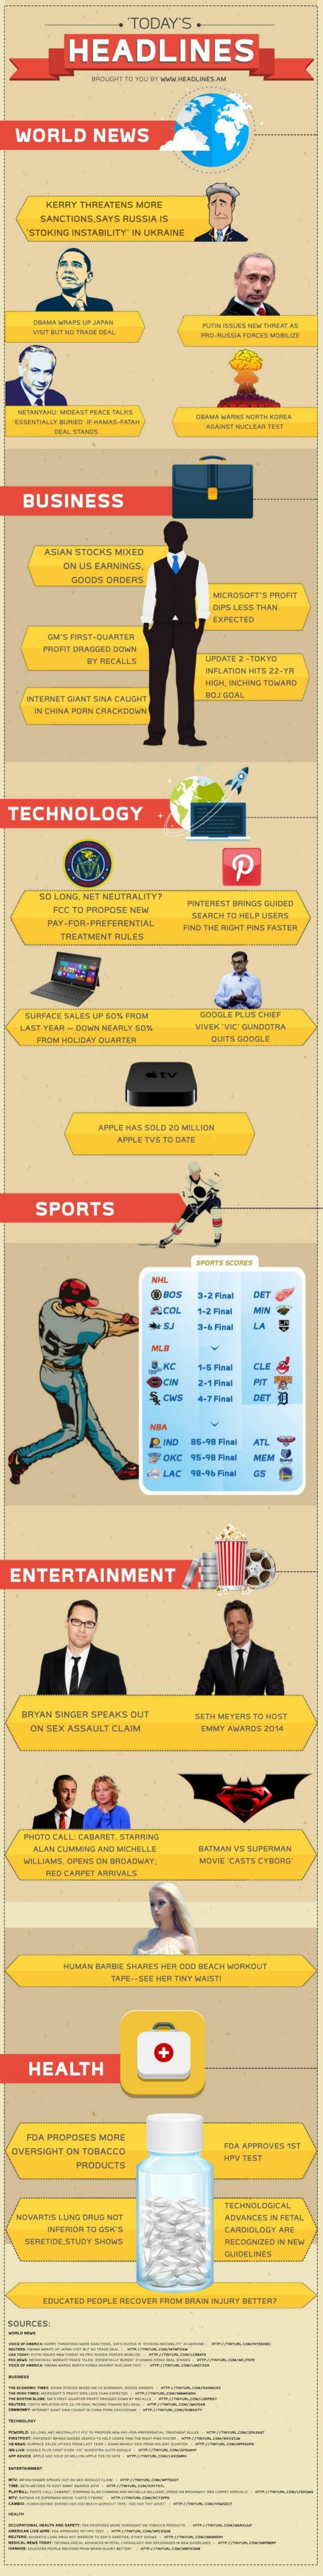
'TODAY'S    .
     HEADLINES
   WORLD    NEWS
     KERRY THREATENS MORE
     SANCTIONS,SAYS RUSSIA IS
     "STOKING INSTABILITY" IN UKRAINE
     DRAMA WRAPS UP JAPAN    PUTIN (SOUS NEW THREAT AS
     CELAL ITANDI
     AGMINIT MUCLERA TENT
    BUSINESS
     ASLAN STOCKS MIXED
     ON US EARNINGS.
     GOODS  ORDENS
     MICROSOFT'S PROFIT
     DIPS LESS THAN
     EXPECTED
     GM'S FIRST-QUARTER
     PRORT DRAGGED ODIN
     BY RECALLS    UPDATE 2 -TOKYO
     INFLATION HITS 22-FR
     HIGH INCHING TOWARD
     NTERNET GIANT SINA CAUGHT
     N CHINA PORN CRACKDOWN
  TECHNOLOGY
     P
     HO LOND. NET NEUTRALITY?
     FCC TO PROPOSE NEW
     PINTEREST BUINGS GUIDED
     PRY-FOR-PREFERENTIAL
     SEARCH TO HELP UISCAS
     TREATMENT RULES
     FIND THE RIGHT PING FASTER
     SURFACE SALES UP BON FROM    GOOGLE PLUS CHIDE
    LAST YEAR - DOWN MEARLY SOM    VIMEN VIC' GUNDOPRA
     FROM HOLIDAY QUARTER    QUITE GOOGLE
     PPLE HAS SOLD 30 MILLION
     APPLE TVS TO DATE
     SPORTS
     SPORTS SCORES
     3-2 Fral   DE
     SCOL    1-2 Final MW
     LA
     CLE
     ICW
     4 cWS   4-7 Final
     85-48 Final ATL
     SOKC   45-90 Final HEM
     65
  ENTERTAINMENT
     BRYAN SINGER SPEAKS OUT
     ON SEX ASSAULT CLAIM
     METH METERS TO HOST
     EMMY WARNOS 2014
    PHOTO CALL: CAMARET, STARRING
     ALAN CUMMING AND MICHELLE    AN VS SUPERMAN
    WILLIAMS, OPENS ON BROADWAY:    MOVIE 'CASTS CYBORG'
     RED CARPET ARRIVALS
     HUMAN BARBE SHARES HER DOG BEACH WORKOUT
     TAPE.SEE HER TINY WWIST!
     HEALTH
     FCA PROPOSES MORE
  OVERSIGHT ON TOBACCO    DIA APPROVES IST
     PRODUCTS
     IPW TEST
     TECHNOLOGICAL
   NOVARTIS LUNG ORLIG NOT    ADVANCES IN PETAL
     INFERIOR TO GOM'S    CARDKILOBY ARE
     SERIETIGE STUGY SOMMES    RECOGNIZED IN NEW
     GUIDELINES
     EDUCATED PEOPLE RECOVER FROM BRAIN INJURY DETTERT
  -
  |-